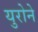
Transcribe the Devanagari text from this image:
युरोने